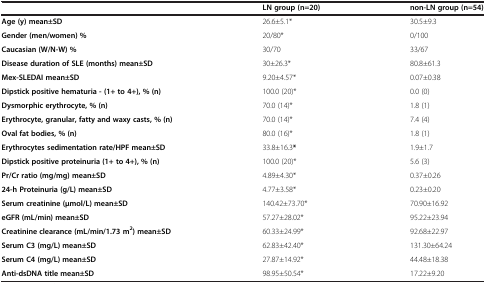
<table><thead><tr><td></td><td><b>LN group (n=20)</b></td><td><b>non-LN group (n=54)</b></td></tr></thead><tbody><tr><td><b>Age (y) mean±SD</b></td><td>26.6±5.1*</td><td>30.5±9.3</td></tr><tr><td><b>Gender (men/women) %</b></td><td>20/80*</td><td>0/100</td></tr><tr><td><b>Caucasian (W/N-W) %</b></td><td>30/70</td><td>33/67</td></tr><tr><td><b>Disease duration of SLE (months) mean±SD</b></td><td>30±26.3*</td><td>80.8±61.3</td></tr><tr><td><b>Mex-SLEDAI mean±SD</b></td><td>9.20±4.57*</td><td>0.07±0.38</td></tr><tr><td><b>Dipstick positive hematuria - (1+ to 4+), % (n)</b></td><td>100.0 (20)*</td><td>0.0 (0)</td></tr><tr><td><b>Dysmorphic erythrocyte, % (n)</b></td><td>70.0 (14)*</td><td>1.8 (1)</td></tr><tr><td><b>Erythrocyte, granular, fatty and waxy casts, % (n)</b></td><td>70.0 (14)*</td><td>7.4 (4)</td></tr><tr><td><b>Oval fat bodies, % (n)</b></td><td>80.0 (16)*</td><td>1.8 (1)</td></tr><tr><td><b>Erythrocytes sedimentation rate/HPF mean±SD</b></td><td>33.8±16.3<b>*</b></td><td>1.9±1.7</td></tr><tr><td><b>Dipstick positive proteinuria (1+ to 4+), % (n)</b></td><td>100.0 (20)*</td><td>5.6 (3)</td></tr><tr><td><b>Pr/Cr ratio (mg/mg) mean±SD</b></td><td>4.89±4.30*</td><td>0.37±0.26</td></tr><tr><td><b>24-h Proteinuria (g/L) mean±SD</b></td><td>4.77±3.58*</td><td>0.23±0.20</td></tr><tr><td><b>Serum creatinine (μmol/L) mean±SD</b></td><td>140.42±73.70*</td><td>70.90±16.92</td></tr><tr><td><b>eGFR (mL/min) mean±SD</b></td><td>57.27±28.02*</td><td>95.22±23.94</td></tr><tr><td><b>Creatinine clearance (mL/min/1.73 m</b><sup><b>2</b></sup><b>) mean±SD</b></td><td>60.33±24.99*</td><td>92.68±22.97</td></tr><tr><td><b>Serum C3 (mg/L) mean±SD</b></td><td>62.83±42.40*</td><td>131.30±64.24</td></tr><tr><td><b>Serum C4 (mg/L) mean±SD</b></td><td>27.87±14.92*</td><td>44.48±18.38</td></tr><tr><td><b>Anti-dsDNA title mean±SD</b></td><td>98.95±50.54*</td><td>17.22±9.20</td></tr></tbody></table>